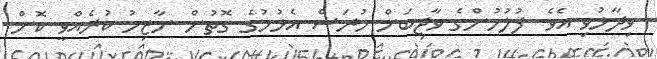
ވިދާޅުވި އެވެ. ފުލުހުންގެ ވާޖިބަށް ހުރަސް އެޅުމުގެ ގޮތުން ނާޒިމު ކުރެއްވީ ކޮން